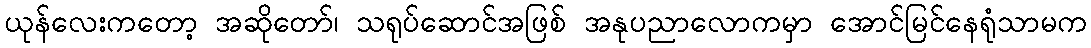
ယုန်လေးကတော့ အဆိုတော်၊ သရုပ်ဆောင်အဖြစ် အနုပညာလောကမှာ အောင်မြင်နေရုံသာမက